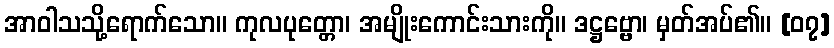
အာဝါသသို့ရောက်သော။ ကုလပုတ္တော၊ အမျိုးကောင်းသားကို။ ဒဋ္ဌဗ္ဗော၊ မှတ်အပ်၏။ [၀၇]